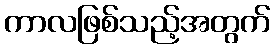
ကာလဖြစ်သည့်အတွက်